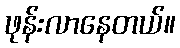
ဖုန်းလာနေတယ်။